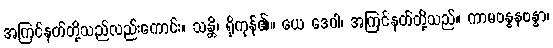
အကြင်နတ်တို့သည်လည်းကောင်း။ သန္တိ၊ ရှိကုန်၏။ ယေ ဒေဝါ၊ အကြင်နတ်တို့သည်။ ကာမဗန္ဓနဗန္ဓာ၊